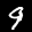
Label: 9